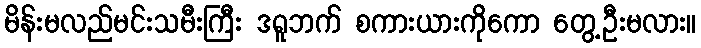
မိန်းမလည်မင်းသမီးကြီး ဒရူဘက် စကားယားကိုကော တွေ့ဦးမလား။